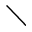
\diagdown